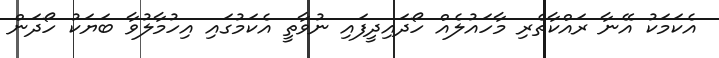
އެކަމަކު އޭނާ ރައްކާތެރި މާހައުލެއް ހޯދައިދީފައި ނުވާތީ އެކަމުގައި އިހުމާލުވާ ބަޔަކު ހޯދަން